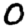
Digit: 0